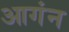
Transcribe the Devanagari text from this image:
आगंन